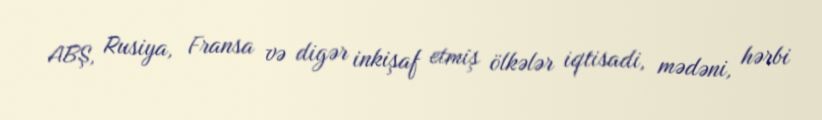
ABŞ, Rusiya, Fransa və digər inkişaf etmiş ölkələr iqtisadi, mədəni, hərbi